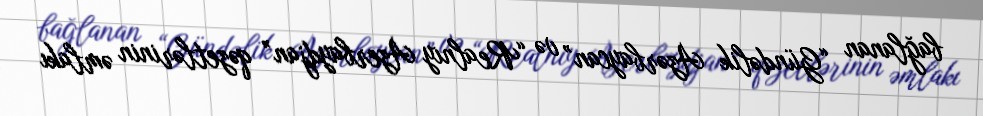
bağlanan “Gündəlik Azərbaycan” və “Realnıy Azerbaydjan” qəzetlərinin əmlakı